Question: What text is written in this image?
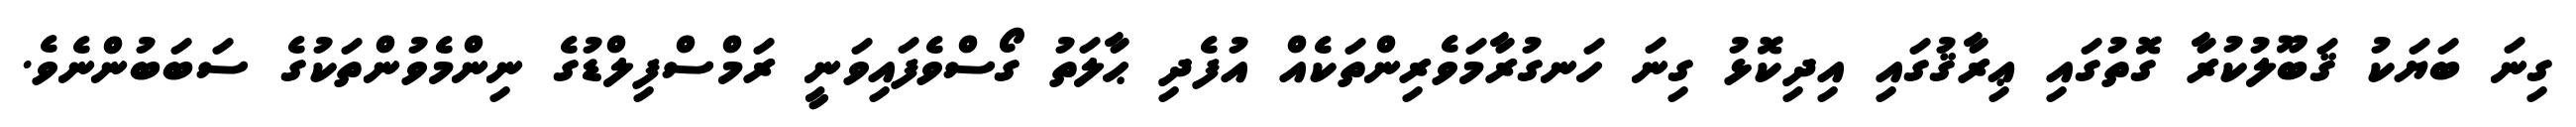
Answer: ގިނަ ބަޔަކު ޤަބޫލުކުރާ ގޮތުގައި ޢިރާޤުގައި އިދިކޮޅު ގިނަ ހަނގުރާމަވެރިންތަކެއް އުފެދި ޙާލަތު ގޯސްވެފައިވަނީ ރަމްސްފިލްޑުގެ ނިންމެވުންތަކުގެ ސަބަބުންނެވެ.